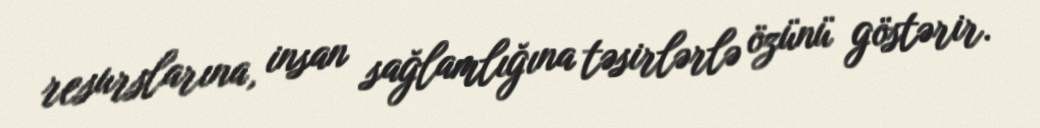
resurslarına, insan sağlamlığına təsirlərlə özünü göstərir.